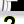
Digit: 2